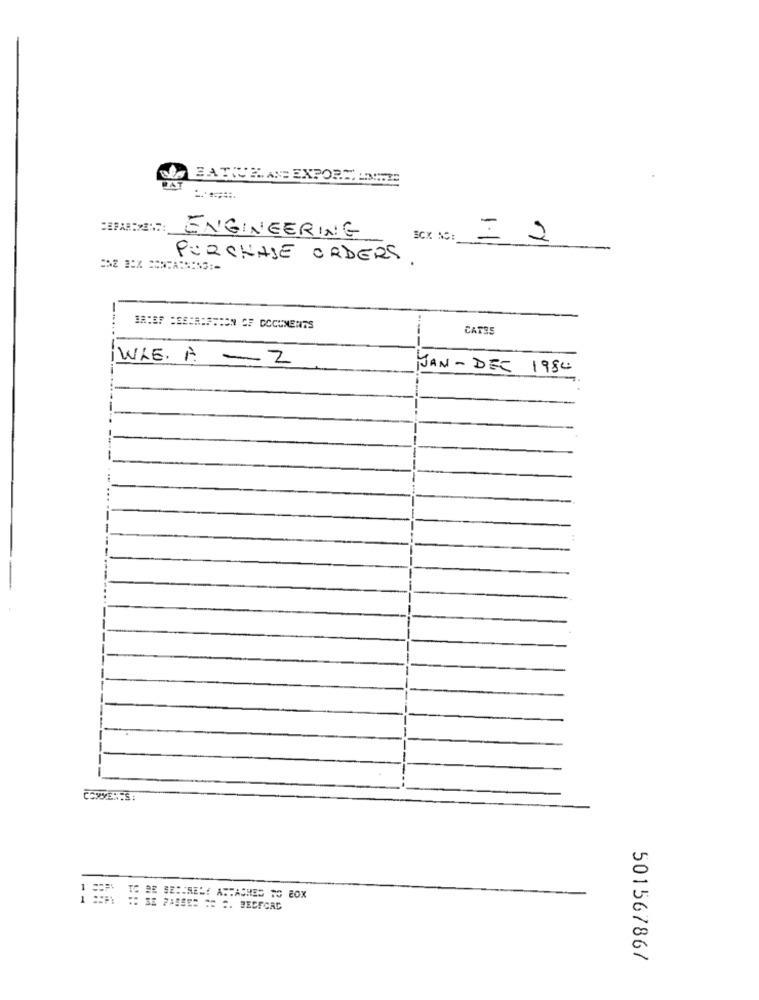
FATTURAN EXPORT ENTE
BAT
ENGINEERING
= 2
PURCHASE ORDERS .
BRIEF =ESCA:SON OF DOCUMENTS
CATES
WLE. A -2
JAN-DEC 1984
COMMENTS :
1 SEM TO BE SECURELY ATTACHED TO BOX
501567867